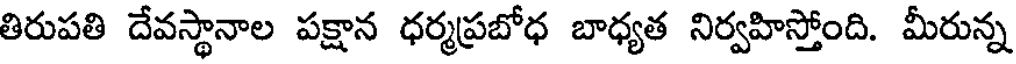
తిరుపతి దేవస్థానాల పక్షాన ధర్మప్రబోధ బాధ్యత నిర్వహిస్తోంది. మీరున్న